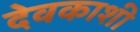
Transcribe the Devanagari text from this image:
देवकाशी